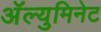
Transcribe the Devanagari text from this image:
अॅल्युमिनेट